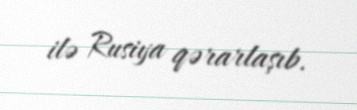
ilə Rusiya qərarlaşıb.